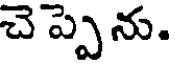
చె ప్పెను.